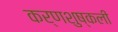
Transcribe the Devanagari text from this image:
कर्णशुष्कली